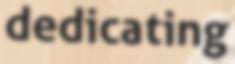
dedicating